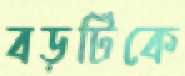
বড়টিকে